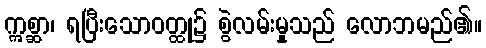
ဣစ္ဆာ၊ ရပြီးသောဝတ္ထု၌ စွဲလမ်းမှုသည် လောဘမည်၏။